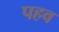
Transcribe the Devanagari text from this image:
पहव